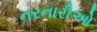
નરનારીઓ